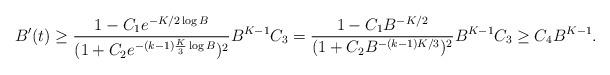
LaTeX: \begin{align*}B'(t)\geq\frac{1-C_1e^{-K/2\log B}}{(1+C_2e^{-(k-1)\frac{K}{3}\log B})^2}B^{K-1}C_3=\frac{1-C_1B^{-K/2}}{(1+C_2 B^{-(k-1)K/3})^2}B^{K-1}C_3\geq C_4B^{K-1}.\end{align*}